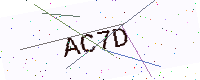
Text: AC7D